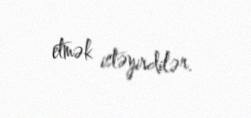
etmək istəyirdilər.